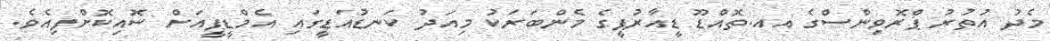
މެދު އުތުރު ޕްރޮވިންސްގެ އއ.ތޮއްޑޫ ޑީއާރުޕީގެ މެންބަރަކު މިއަދު ކަނޑުއަޑީގައި އެމްޑީޕީއަށް ސޮއިކޮށްފިއެވެ.